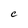
Character: e